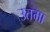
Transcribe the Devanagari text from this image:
उतमा